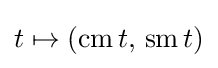
t\mapsto (\operatorname {cm} t,\,\operatorname {sm} t)